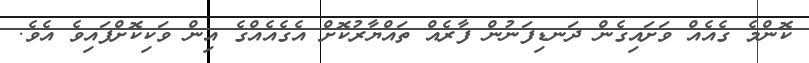
ކޮންމެ ގެއެއް ވަށައިގެން ދަނޑިފަނުން ފާރެއް ތައްޔާރުކޮށް އެގެއެއްގެ އިން ވަކިކޮށްފައިވެ އެވެ.